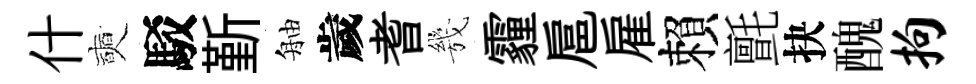
什奭駁斳舳歲耆㡬霾扈雇賴氈抉醜拘